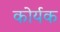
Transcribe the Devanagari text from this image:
कोर्यक